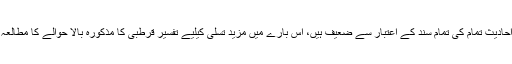
جبکہ احادیث تمام کی تمام سند کے اعتبار سے ضعیف ہیں، اس بارے میں مزید تسلی کیلیے تفسیر قرطبی کا مذکورہ بالا حوالے کا مطالعہ کریں۔